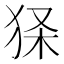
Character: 𤞎